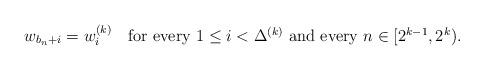
LaTeX: \begin{align*}w_{b_{n}+i}=w_{i}^{(k)} \quad\hbox{for every $1\le i<\Delta ^{(k)}$ and every $n\in[2^{k-1},2^{k})$.}\end{align*}